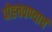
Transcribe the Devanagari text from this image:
पोहचवण्याचं